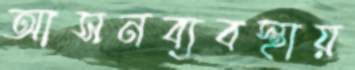
আসনব্যবস্থায়